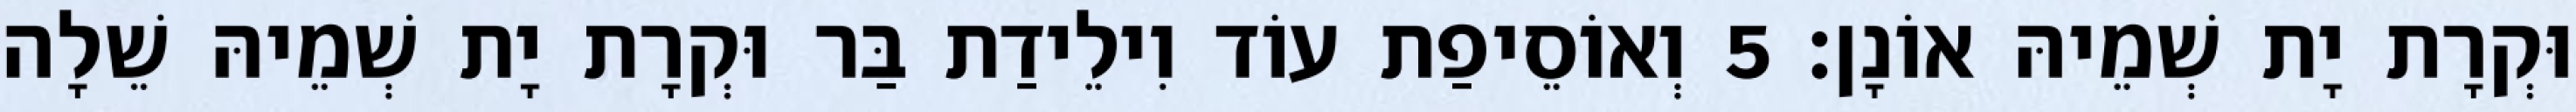
וּקְרָת יָת שְׁמֵיהּ אוֹנָן׃ 5 וְאוֹסֵיפַת עוֹד וִילֵידַת בַּר וּקְרָת יָת שְׁמֵיהּ שֵׁלָה